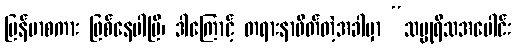
မြန်မာစကား ဖြစ်နေပါပြီ၊ ဒါကြောင့် တရားနာဖိတ်တဲ့အခါမှာ “သပ္ပုရိသအပေါင်း